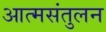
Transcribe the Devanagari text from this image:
आत्मसंतुलन